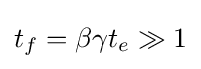
t_{f}=\beta \gamma t_{e}\gg 1